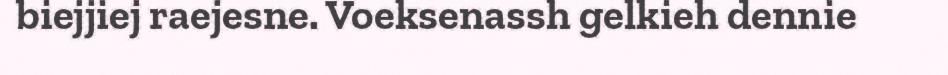
biejjiej raejesne. Voeksenassh gelkieh dennie